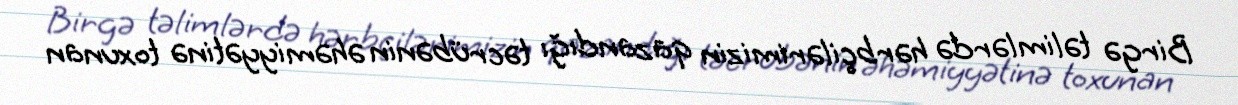
Birgə təlimlərdə hərbçilərimizin qazandığı təcrübənin əhəmiyyətinə toxunan